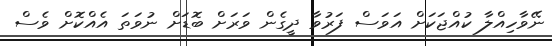
ނޭވާހިއްލާ ކުއްޖަކަށް އަވަސް ފަރުވާ ދީގެން ވަރަށް ބޮޑަށް ނުވަތަ އެއްކޮށް ވެސް